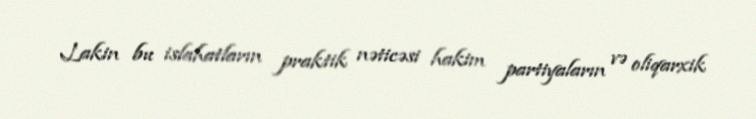
Lakin bu islahatların praktik nəticəsi hakim partiyaların və oliqarxik